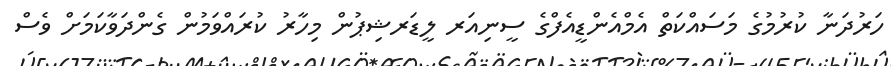
ހަރުދަނާ ކުރުމުގެ މަސައްކަތް އެމްއެންޑީއެފްގެ ސީނިއަރ ލީޑަރޝިޕުން މިހާރު ކުރައްވަމުން ގެންދަވާކަމަށް ވެސް